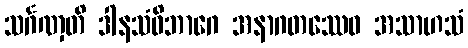
သင်္ဂဏှတိ ဒါနသံဝိဘာဂေ အနာဂတဿေဝ အသာဟသံ